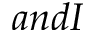
a n d I